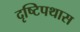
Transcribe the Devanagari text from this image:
दृष्टिपथास